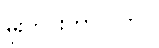
မိုးတွင်းကာလတွင်